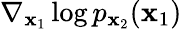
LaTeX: \nabla_{\mathbf{x}_{1}}\log p_{\mathbf{x}_{2}}(\mathbf{x}_{1})